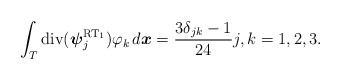
\begin{align*} \int_{T} \mathrm{div}({\boldsymbol\psi}^{\mathrm{RT}_1}_{j}) \varphi_k \, d\boldsymbol x = \frac{3 \delta_{jk} - 1}{24} j,k =1,2,3. \end{align*}